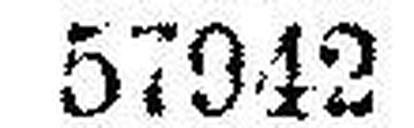
57942